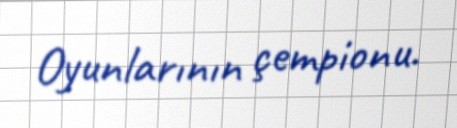
Oyunlarının çempionu.